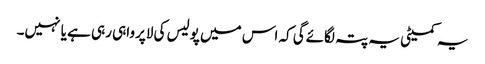
یہ کمیٹی یہ پتہ لگائےگی کہ اس میں پولیس کی لاپرواہی رہی ہے یا نہیں۔